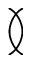
\between